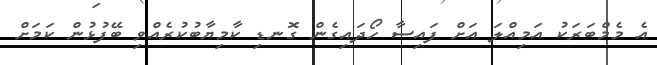
އެ މެމްބަރަކު އަމިއްލަ އަށް ފައިސާ ހޯދައިގެން ގޮނޑި ކާމިޔާބުކުރެއްވި ބޭފުޅުން ކަމަށް